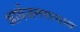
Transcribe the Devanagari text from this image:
आर्यजनगण्याय